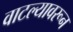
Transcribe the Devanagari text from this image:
वाटल्यावरून